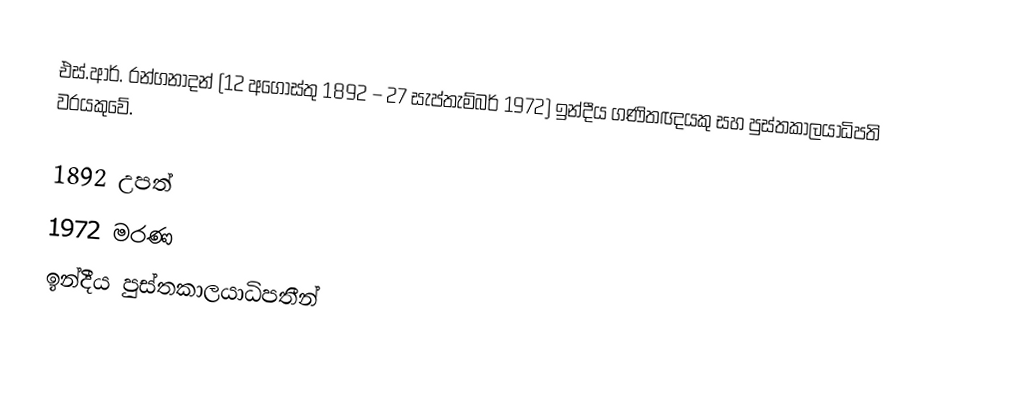
එස්.ආර්. රන්ගනාදන්  (12 අගෝස්තු 1892 – 27 සැප්තැම්බර් 1972) ඉන්දීය ගණිතඥයකු සහ පුස්තකාලයාධිපති වරයකුවේ.

1892 උපත්
1972 මරණ
ඉන්දීය පුස්තකාලයාධිපතීන්